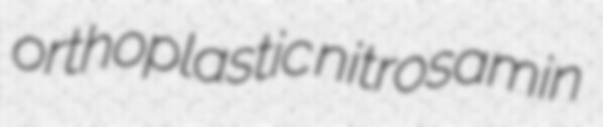
orthoplastic nitrosamin